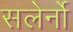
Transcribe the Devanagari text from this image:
सलेर्नो